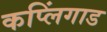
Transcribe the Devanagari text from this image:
कप्लिंगाड